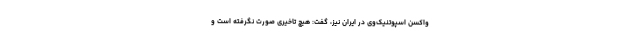
واکسن اسپوتنیک‌وی در ایران نیز، گفت: هیچ تاخیری صورت نگرفته است و